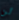
لن